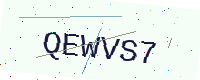
Text: QEWVS7